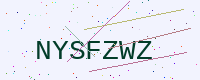
Text: NYSFZWZ